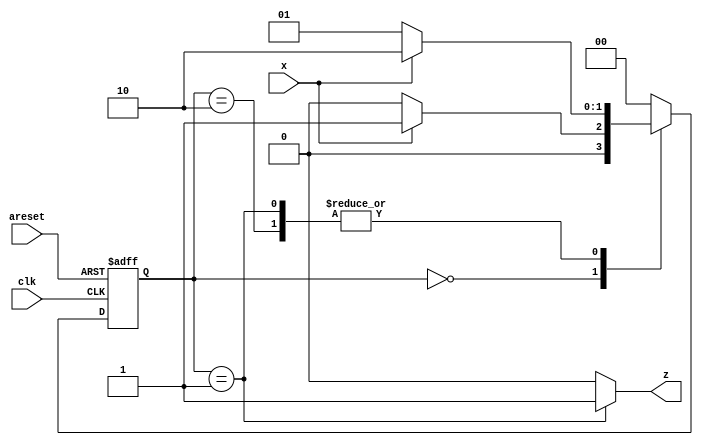
module top_module (
    input clk,
    input areset,
    input x,
    output z
); 
    
    localparam ZERO=0, INVERTZERO=1, INVERTONE=2;
    
    reg [1:0] current_state, next_state;
    
    always @ ( posedge clk, posedge areset ) begin
        if ( areset )
            current_state <= ZERO;
        else
            current_state <= next_state;
    end
    
    always @ (*) begin
        next_state = ZERO;
        case ( current_state )
            ZERO:		next_state = x ? INVERTZERO : ZERO;
            INVERTZERO:	next_state = x ? INVERTONE : INVERTZERO;
            INVERTONE:	next_state = x ? INVERTONE : INVERTZERO;
        endcase
    end
    
    always @ (*) begin
        z = 1'b0;
        case ( current_state )
            ZERO:			z = 1'b0;
            INVERTZERO:		z = 1'b1;
            INVERTONE:		z = 1'b0;
        endcase
    end

endmodule